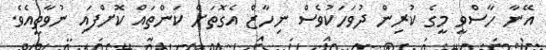
އޭނާ ހާސްވީ މީގެ ކުރިން ދުވަހަކުވެސް ނިހާޒް އެގޮތަށް ކަންތައް ކޮށްފައި ނުވާތީއެވެ.